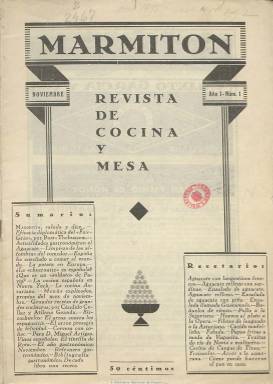
Título: Marmitón (Madrid)
Colección: Cocina
Ámbito geográfico: Madrid
Lugar de publicación: Madrid
Fechas: 01/11/1933-31/03/1934

Con el subtítulo “revista de cocina y mesa” comienza a publicarse en noviembre de 1933, dirigida no sólo a interesar a las mujeres “sino a los hombres de letras y de negocios”, como vehículo de divulgación y “nacionalización” de la cultura gastronómica española. Su título hace referencia al aprendiz de cocina, y en entregas mensuales de 24 páginas, con alguna foto y algún dibujo, publica textos sobre la cocina española en Nueva York, los vinos españoles, la feria gastronómica de Dijon, el arte coquinario balear, la forma de guisar un pavo en Argentina, Cuba, Estados Unidos y España, grandes recetas de grandes cocineros, refranero y bibliografía gastronómica, recetario o un consultorio. Escrita con estilo, entre las firmas de sus textos aparecen las de Dionisio Pérez, Cándido Collar, Rafael Fernández y Atilano Granda. Inserta también alguna publicidad comercial.